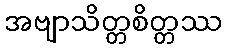
အဗျာသိတ္တစိတ္တဿ